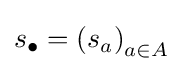
s_{\bullet }=\left(s_{a}\right)_{a\in A}